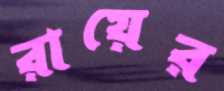
রায়ের